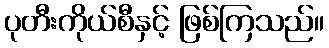
ပုတီးကိုယ်စီနှင့် ဖြစ်ကြသည်။